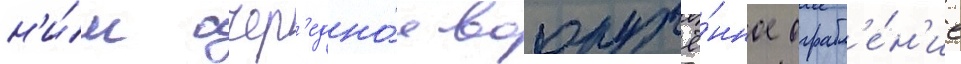
н'и́м очер'едно́е вооружё́нное ограбл'е́н'ие